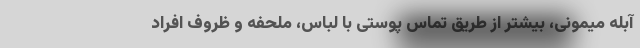
آبله میمونی، بیشتر از طریق تماس پوستی با لباس، ملحفه و ظروف افراد